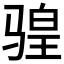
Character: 𫘩